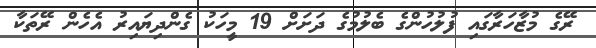
ރޭގެ މުޒާހަރާގައި ފުލުހުންގެ ބެލުމުގެ ދަށަށް 19 މީހަކު ގެންދިޔައިރު އެހެން ރޭތަކާ